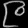
Digit: ၉